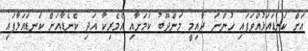
އަށް ކަނޑައަޅުއްވަފައި ހުންނަ ދާއިމީ މަންދޫބު ކަމަށާއި އެމެރިކާ އަދި ކެނެޑާއަށް ކަނޑައަޅާފައި